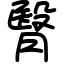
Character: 㬾